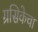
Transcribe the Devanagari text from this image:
ग्रसिकेचा